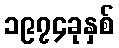
၁၉၇၄ခုနှစ်